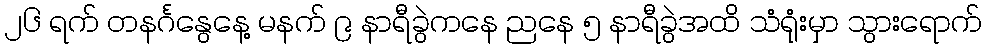
၂၆ ရက် တနင်္ဂနွေနေ့ မနက် ၉ နာရီခွဲကနေ ညနေ ၅ နာရီခွဲအထိ သံရုံးမှာ သွားရောက်